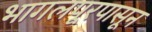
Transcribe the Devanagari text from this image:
भागलपूरपासून